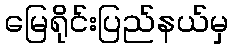
မြေရိုင်းပြည်နယ်မှ